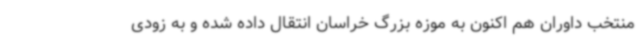
منتخب داوران هم اکنون به موزه بزرگ خراسان انتقال داده شده و به زودی